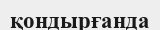
қондырғанда